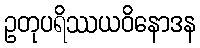
ဥတုပရိဿယဝိနောဒန